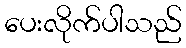
ပေးလိုက်ပါသည်